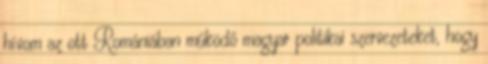
hívom az ott Romániában működő magyar politikai szervezeteket, hogy